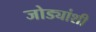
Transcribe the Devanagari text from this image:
जोड्यांशी